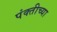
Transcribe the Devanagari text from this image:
पंक्तीच्या